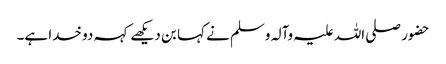
حضور صلی اللہ علیہ وآلہ وسلم نے کہا بن دیکھے کہہ دو خدا ہے۔